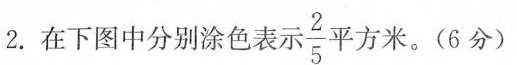
2.在下图中分别涂色表示\frac{2}{5} 平方米。（6分）